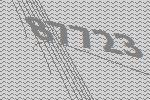
87723